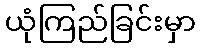
ယုံကြည်ခြင်းမှာ